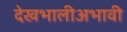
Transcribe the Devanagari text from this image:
देखभालीअभावी